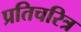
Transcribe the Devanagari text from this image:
प्रतिचरित्र